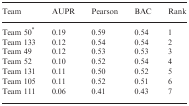
<table><thead><tr><td><b>Team</b></td><td><b>AUPR</b></td><td><b>Pearson</b></td><td><b>BAC</b></td><td><b>Rank</b></td></tr></thead><tbody><tr><td>Team 50*</td><td>0.19</td><td>0.59</td><td>0.54</td><td>1</td></tr><tr><td>Team 133</td><td>0.12</td><td>0.54</td><td>0.54</td><td>2</td></tr><tr><td>Team 49</td><td>0.12</td><td>0.53</td><td>0.53</td><td>3</td></tr><tr><td>Team 52</td><td>0.10</td><td>0.52</td><td>0.54</td><td>4</td></tr><tr><td>Team 131</td><td>0.11</td><td>0.50</td><td>0.52</td><td>5</td></tr><tr><td>Team 105</td><td>0.11</td><td>0.52</td><td>0.51</td><td>6</td></tr><tr><td>Team 111</td><td>0.06</td><td>0.41</td><td>0.43</td><td>7</td></tr></tbody></table>